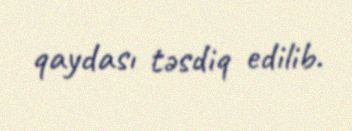
qaydası təsdiq edilib.